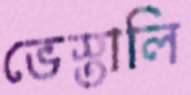
ভেস্তালি